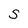
Character: S